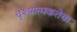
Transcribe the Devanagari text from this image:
दृश्यात्मकतेचा